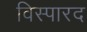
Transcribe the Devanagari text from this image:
विस्पारद